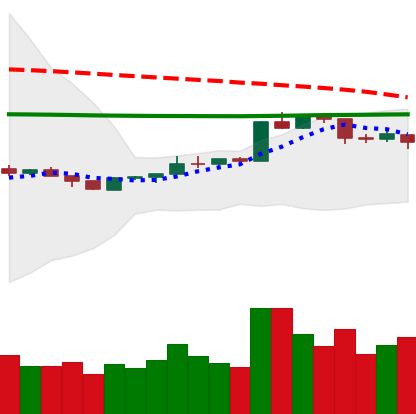
Ticker: ETH-USD
Chart end date: 2020-04-13
Forward return: 19.602%
Label: up_7plus